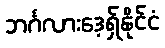
ဘင်္ဂလားဒေ့ရှ်နိုင်ငံ